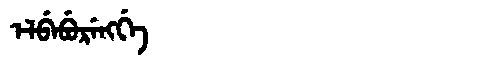
Manchu: ᡝᠯᠪᡝᠪᡠᡵᡝᠩᡤᡝ
Romanization: ELBEBURENGGE